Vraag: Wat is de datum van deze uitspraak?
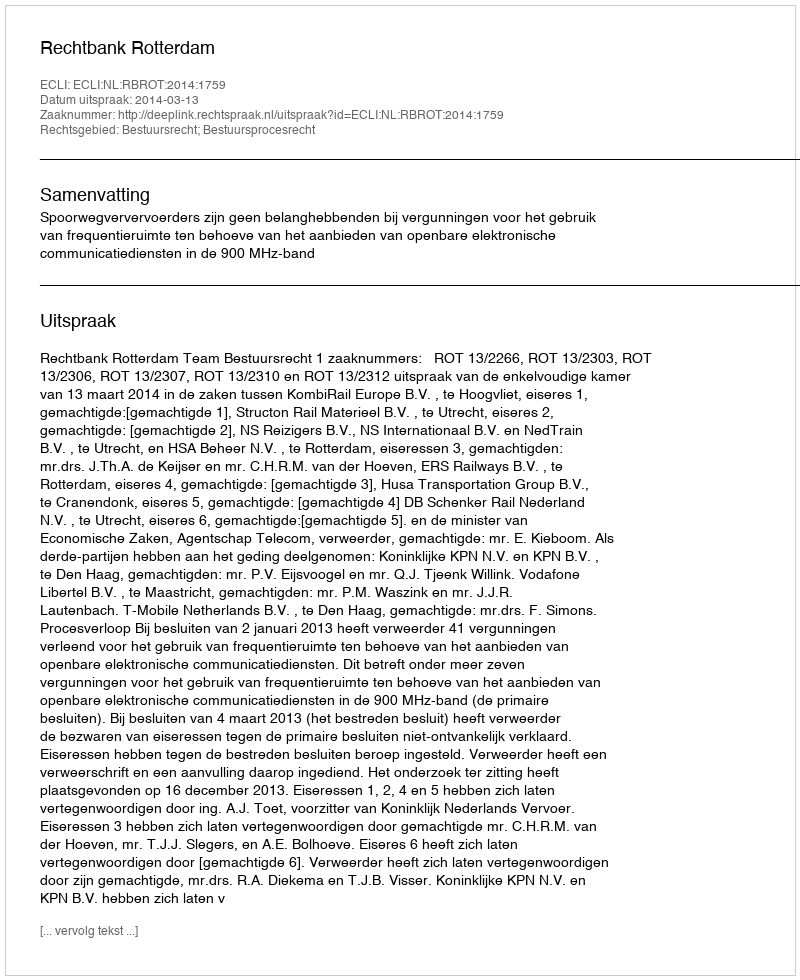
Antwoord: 2014-03-13